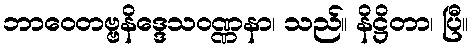
ဘာဝေတဗ္ဗနိဒ္ဒေသဝဏ္ဏနာ၊ သည်။ နိဋ္ဌိတာ၊ ပြီ။